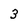
Character: 3